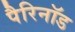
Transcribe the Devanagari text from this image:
पैरिनॉड